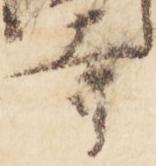
寺